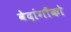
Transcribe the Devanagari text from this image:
वेदांगौंको